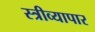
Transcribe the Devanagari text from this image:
स्त्रीव्यापार